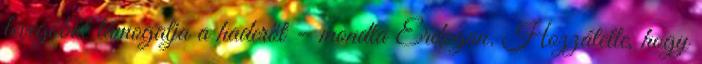
levegőből támogatja a haderőt – mondta Erdogan. Hozzátette, hogy